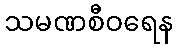
သမဏစီဝရေန